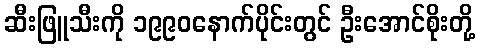
ဆီးဖြူသီးကို ၁၉၉၀နောက်ပိုင်းတွင် ဦးအောင်စိုးတို့